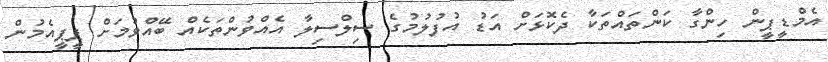
އެމްޑީޕީން ހިންގާ ކަންތައްތަކާ ދެކޮޅަށް އަޑު އުފުލުމުގެ ސިލްސިލާ އެއްވުންތަކެއް ބޭއްވުމަށް ޕީޕީއެމުން